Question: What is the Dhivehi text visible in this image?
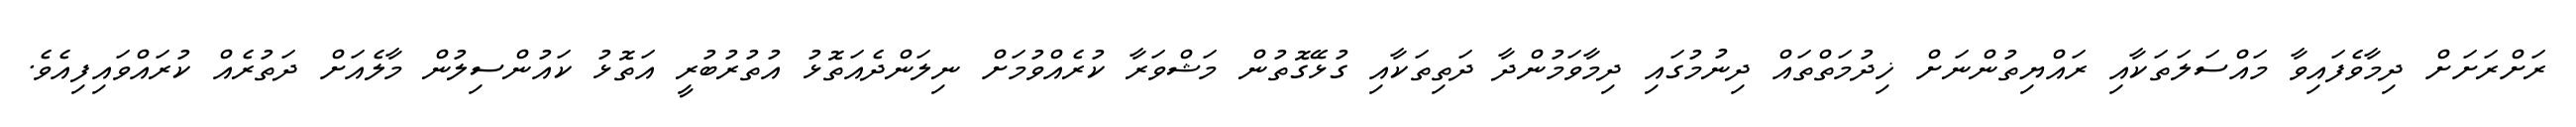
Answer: ރަށްރަށަށް ދިމާވެފައިވާ މައްސަލަތަކާއި ރައްޔިތުންނަށް ޚިދުމަތްތައް ދިނުމުގައި ދިމާވަމުންދާ ދަތިތަކާއި ގުޅޭގޮތުން މަޝްވަރާ ކުރެއްވުމަށް ނިލަންދެއަތޮޅު އުތުރުބުރީ އަތޮޅު ކައުންސިލުން މާލެއަށް ދަތުރެއް ކުރައްވައިފިއެވެ.